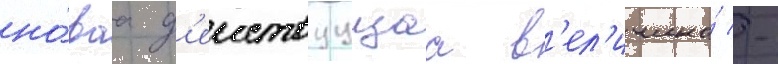
но́ваа д'еиствуущаа в'ел'ичина́ -